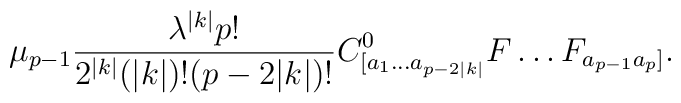
\mu_{p-1}\frac{\lambda^{|k|}p!}{2^{|k|}(|k|)!(p-2|k|)!}C^0_{[a_1\ldots a_{p-2|k|}}F\ldots F_{a_{p-1}a_p]}.